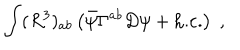
LaTeX: \int ( R ^ { 3 } ) _ { a b } \left( \bar { \psi } \Gamma ^ { a b } D \psi + \mathrm { h . c . } \right) \; ,